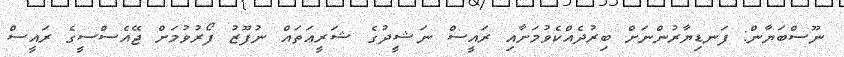
ނޫސްބަޔާން: ފަނޑިޔާރުންނަށް ބިރުދެއްކެވުމަށާއި ރައީސް ނަޝީދުގެ ޝަރީޢަތައް ނުފޫޒު ފޯރުވުމަށް ޖޭއެސްސީގެ ރައީސް